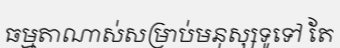
ធម្មតាណាស់សម្រាប់មនុស្សទូទៅ តែ